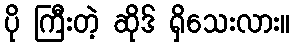
ပို ကြီးတဲ့ ဆိုဒ် ရှိသေးလား။